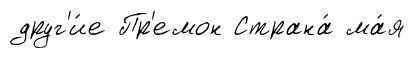
друг'и́е Пр'емон Страна́ ма́я